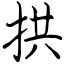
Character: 拱